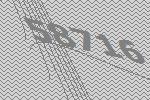
58716